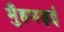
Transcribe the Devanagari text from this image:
मुँहमड़ई